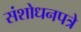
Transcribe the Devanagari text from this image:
संशोधनपत्रे